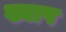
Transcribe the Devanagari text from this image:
ख्याप